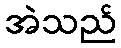
အဲသည်